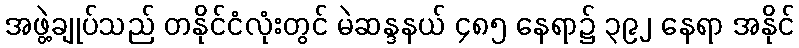
အဖွဲ့ချုပ်သည် တနိုင်ငံလုံးတွင် မဲဆန္ဒနယ် ၄၈၅ နေရာ၌ ၃၉၂ နေရာ အနိုင်